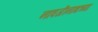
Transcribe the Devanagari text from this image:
नावजीनाथच्या